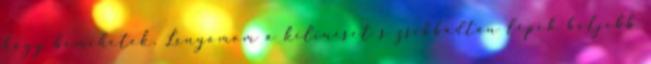
hogy bemehetek. Lenyomom a kilincset s zsibbadtan lépek beljebb